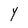
Character: Y